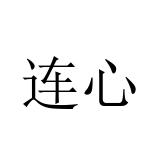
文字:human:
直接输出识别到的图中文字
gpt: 连心